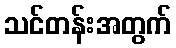
သင်တန်းအတွက်